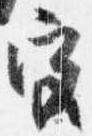
宮